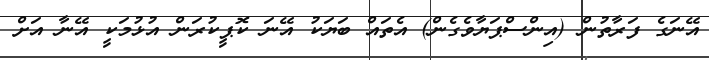
އޭނަގެ ފަރާތުން (އިންސްޕަޔާވެގެން) އެތައް ބަޔަކު އޭނަ ކޮޕީކުރަން އުޅުމަކީ އޭނާ އަށް